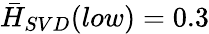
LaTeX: \bar{H}_{SVD}(low)=0.3